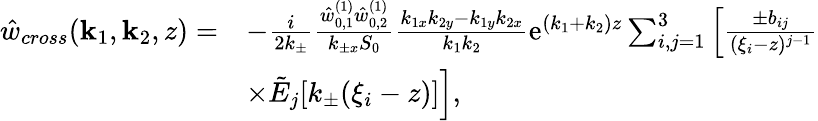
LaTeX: \begin{array}{rl}{\hat{w}_{cross}(\mathbf{k}_{1},\mathbf{k}_{2},z)=}&{-\frac{i}{2k_{\pm}}\frac{\hat{w}_{0,1}^{(1)}\hat{w}_{0,2}^{(1)}}{k_{\pm x}S_{0}}\frac{k_{1x}k_{2y}-k_{1y}k_{2x}}{k_{1}k_{2}}\mathrm{e}^{(k_{1}+k_{2})z}\sum_{i,j=1}^{3}\left[\frac{\pm b_{ij}}{(\xi_{i}-z)^{j-1}}\right.}\\ &{\left.\times\tilde{E}_{j}[k_{\pm}(\xi_{i}-z)]\right],}\end{array}